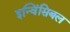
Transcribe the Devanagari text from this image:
इन्विंसिबल